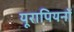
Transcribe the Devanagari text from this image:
यूरापियनों